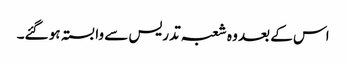
اس کے بعد وہ شعبہ تدریس سے وابستہ ہو گئے۔